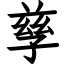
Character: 孳